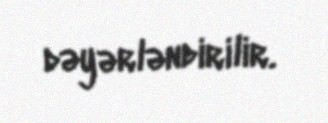
dəyərləndirilir.